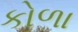
કોળા